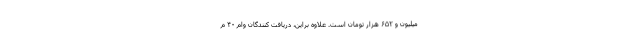
میلیون و ۶۵۲ هزار تومان است. علاوه براین، دریافت کنندگان وام ۴۰ م